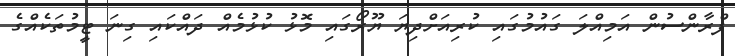
ފްރާންސުން އަމިއްލަ ގައުމުގައި ކުރިއަށްދިޔަ ޔޫރޯގައި މޮޅު ކުޅުމެއް ދައްކައި ގިނަ ޓީމުތަކެއްގެ